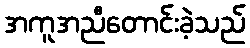
အကူအညီတောင်းခဲ့သည်